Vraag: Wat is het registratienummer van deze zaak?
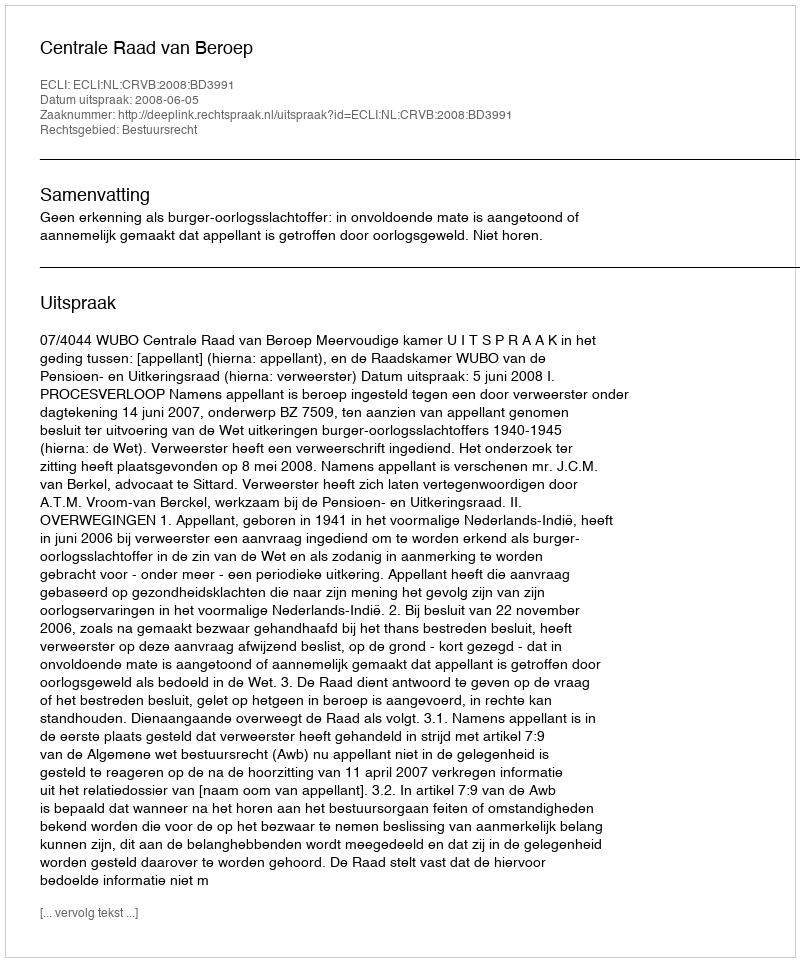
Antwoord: http://deeplink.rechtspraak.nl/uitspraak?id=ECLI:NL:CRVB:2008:BD3991